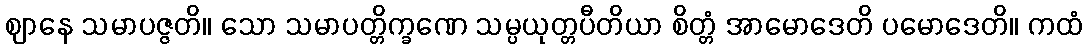
ဈာနေ သမာပဇ္ဇတိ။ သော သမာပတ္တိက္ခဏေ သမ္ပယုတ္တပီတိယာ စိတ္တံ အာမောဒေတိ ပမောဒေတိ။ ကထံ